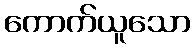
ကောက်ယူသော